Indian journal of veterinary science and animal husbandry - Volumes 22-23, 1952-1953
Year: 1952
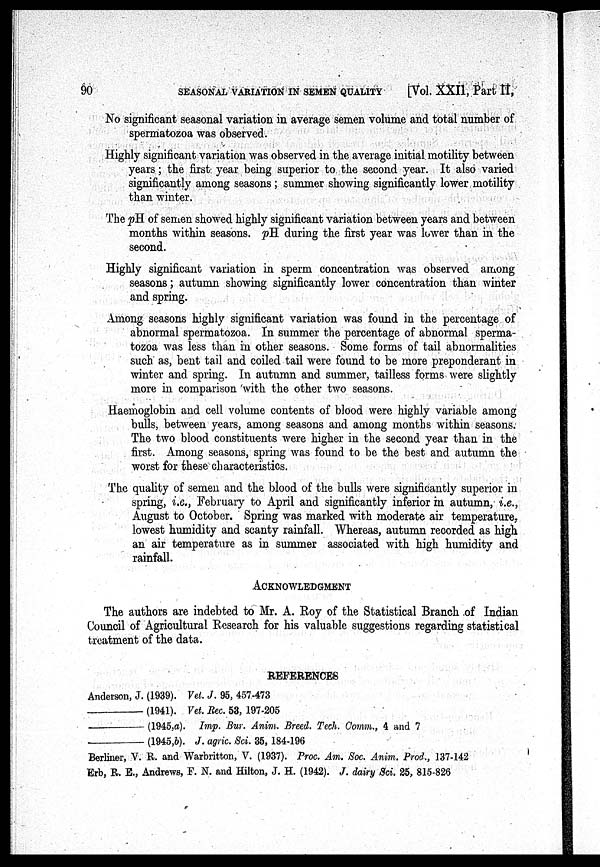
90 SEASONAL VARIATION IN SEMEN QUALITY [Vol. XXII, Part II,
No significant seasonal variation in average semen volume and total number of
spermatozoa was observed.
Highly significant variation was observed in the average initial motility between
years; the first year being superior to the second year. It also varied
significantly among seasons ; summer showing significantly lower motility
than winter.
The pH of semen showed highly significant variation between years and between
months within seasons. pH during the first year was lower than in the
second.
Highly significant variation in sperm concentration was observed among
seasons; autumn showing significantly lower concentration than winter
and spring.
Among seasons highly significant variation was found in the percentage of
abnormal spermatozoa. In summer the percentage of abnormal sperma-
tozoa was less than in other seasons. Some forms of tail abnormalities
such as, bent tail and coiled tail were found to be more preponderant in
winter and spring. In autumn and summer, tailless forms were slightly
more in comparison with the other two seasons.
Haemoglobin and cell volume contents of blood were highly variable among
bulls, between years, among seasons and among months within seasons.
The two blood constituents were higher in the second year than in the
first. Among seasons, spring was found to be the best and autumn the
worst for these characteristics.
The quality of semen and the blood of the bulls were significantly superior in
spring, i.e., February to April and significantly inferior in autumn, i.e.,
August to October. Spring was marked with moderate air temperature,
lowest humidity and scanty rainfall. Whereas, autumn recorded as high
an air temperature as in summer associated with high humidity and
rainfall.
ACKNOWLEDGMENT
The authors are indebted to Mr. A. Roy of the Statistical Branch of Indian
Council of Agricultural Research for his valuable suggestions regarding statistical
treatment of the data.
REFERENCES
Anderson, J. (1939). Vet. J. 95, 457-473
(1941). Vet. Rec. 53, 197-205
(1945,a). Imp. Bur. Anim. Breed. Tech. Comm., 4 and 7
(1945,b). J. agric. Sci. 35, 184-196
Berliner, V. R. and Warbritton, V. (1937). Proc. Am. Soc. Anim. Prod., 137-142
Erb, R. E., Andrews, F. N. and Hilton, J. H. (1942). J. dairy Sci. 25, 815-826